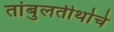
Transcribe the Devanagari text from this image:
तांबुलतीर्थाचे